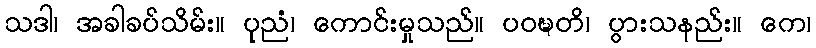
သဒါ၊ အခါခပ်သိမ်း။ ပုညံ၊ ကောင်းမှုသည်။ ပဝဍ္ဎတိ၊ ပွားသနည်း။ ကေ၊